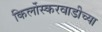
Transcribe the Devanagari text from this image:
किर्लोस्करवाडीच्या